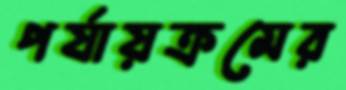
পর্যায়ক্রমের